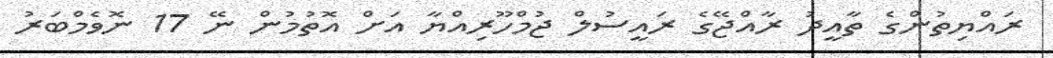
ރައްޔިތުންގެ ތާއީދު ރާއްޖޭގެ ރައީސުލް ޖުމްހޫރިއްޔާ އަށް އޮތުމުން ނޭ 17 ނޮވެމްބަރު